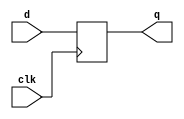
// This program was cloned from: https://github.com/siliconcompiler/lambdalib
// License: MIT License

//#############################################################################
//# Function: Negative edge-triggered static D-type flop-flop                 #
//# Copyright: Lambda Project Authors. All rights Reserved.                   #
//# License:  MIT (see LICENSE file in Lambda repository)                     #
//#############################################################################

module la_dffnq #(
    parameter PROP = "DEFAULT"
) (
    input      d,
    input      clk,
    output reg q
);

    always @(negedge clk) q <= d;

endmodule